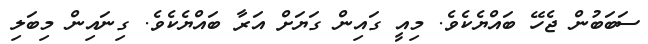
ސަބަބުން ޖެހޭ ބައްޔެކެވެ. މިއީ ގައިން ގަޔަށް އަރާ ބައްޔެކެވެ. ގިނައިން މިބަލި